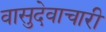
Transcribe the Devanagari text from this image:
वासुदेवाचारी